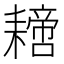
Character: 𦔝